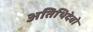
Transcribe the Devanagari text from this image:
अतिथिदेवो